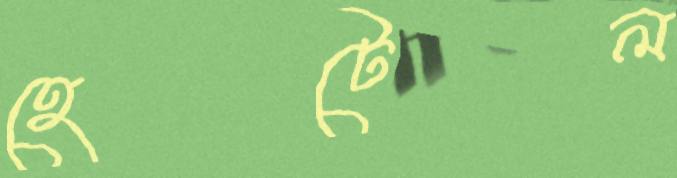
হেটেল